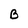
Character: B